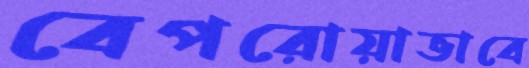
বেপরোয়াভাবে